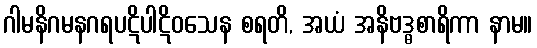
ဂါမနိဂမနဂရပဋိပါဋိဝသေန စရတိ, အယံ အနိဗဒ္ဓစာရိကာ နာမ။